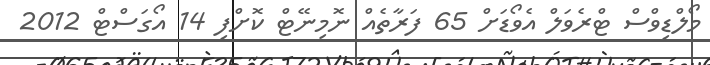
މޯލްޑިވްސް ޓްރެވަލް އެވޯޑަށް 65 ފަރާތެއް ނޮމިނޭޓް ކޮށްފި 14 އޯގަސްޓް 2012